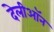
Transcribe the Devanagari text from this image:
देलीऑन